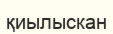
қиылыскан